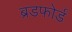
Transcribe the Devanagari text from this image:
ब्रडफोर्ड